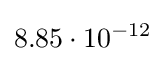
8.85\cdot 10^{-12}